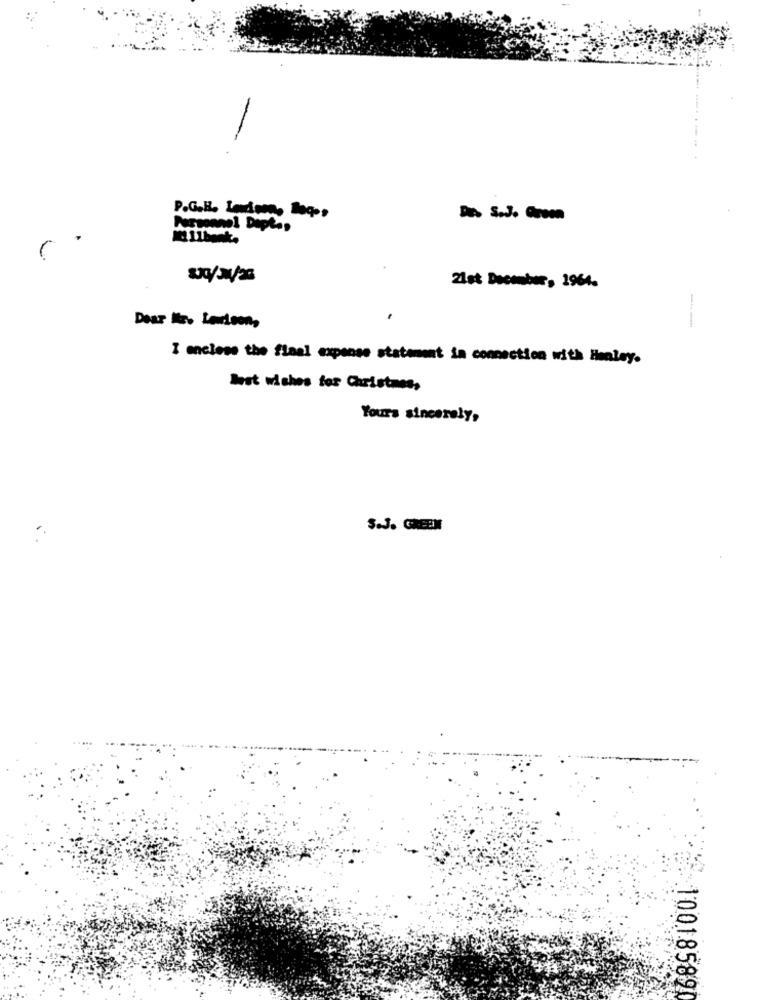
P.G.H. Indson, loq.s
™ S.J .- mom
Pursannel Dopte,
I Ll benice
21st December, 1964.
.
Dear Mr. Larson,
I enclose the final expense statement in connection with Henley.
Best wishes for Christmas,
Yours sincerely,
S.J. GREEN
10018589